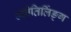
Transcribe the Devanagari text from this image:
ज्योतिर्लिङ्ग